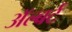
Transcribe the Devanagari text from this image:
ॲल्बर्ट